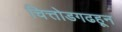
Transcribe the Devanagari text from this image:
चित्तोडगढहून